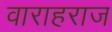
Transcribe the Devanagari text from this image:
वाराहराज